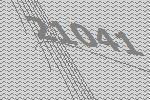
21041